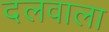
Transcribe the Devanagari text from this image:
दलवाला